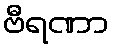
ဗီရဏာ